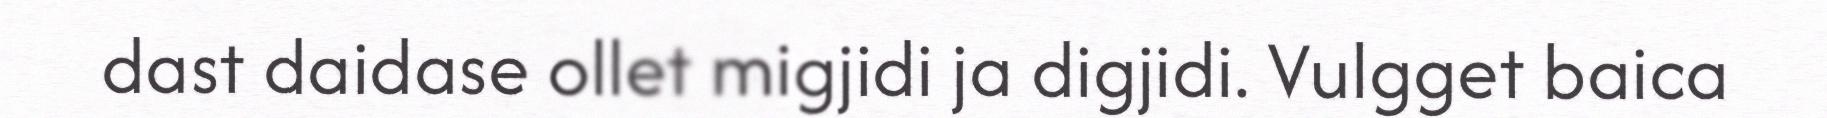
dast daidase ollet migjidi ja digjidi. Vulgget baica